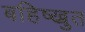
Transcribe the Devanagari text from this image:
बहिष्ख्रुत